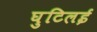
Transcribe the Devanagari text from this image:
घुटिलई